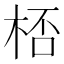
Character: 桮